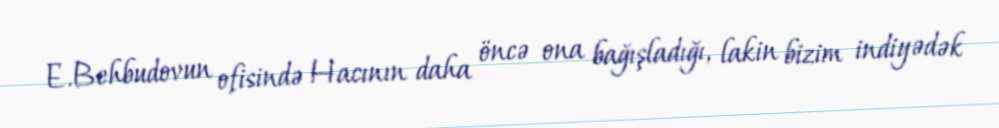
E.Behbudovun ofisində Hacının daha öncə ona bağışladığı, lakin bizim indiyədək